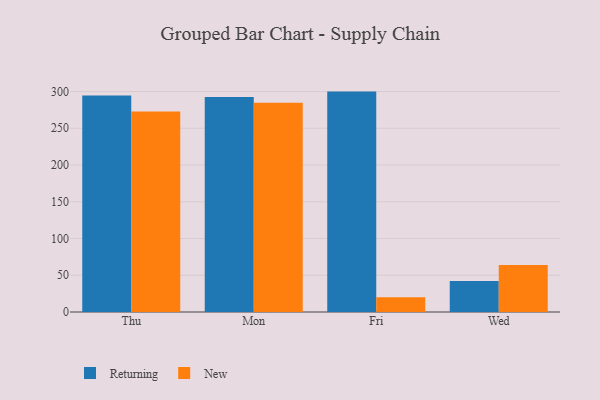
{"axis": {"x": "Day", "y": "Production Output"}, "legend": ["New", "Returning"], "data": [{"x": "Thu", "y": 294.6, "type": "Returning"}, {"x": "Thu", "y": 272.9, "type": "New"}, {"x": "Mon", "y": 292.6, "type": "Returning"}, {"x": "Mon", "y": 284.8, "type": "New"}, {"x": "Fri", "y": 299.9, "type": "Returning"}, {"x": "Fri", "y": 20.2, "type": "New"}, {"x": "Wed", "y": 42.3, "type": "Returning"}, {"x": "Wed", "y": 64.1, "type": "New"}]}